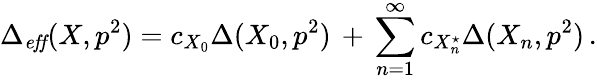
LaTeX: \Delta_{\mathit{eff}}(X,p^{2})=c_{X_{0}}\Delta(X_{0},p^{2})\, +\, \sum_{n=1}^{\infty}c_{X_{n}^{\star}}\Delta(X_{n},p^{2})\, .